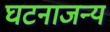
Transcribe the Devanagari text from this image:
घटनाजन्य